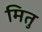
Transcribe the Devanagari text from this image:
मितु